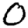
Digit: 0